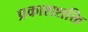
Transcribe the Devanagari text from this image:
प्रकाशशक्ति